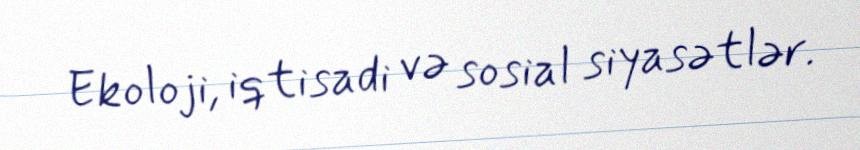
Ekoloji, iqtisadi və sosial siyasətlər.